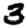
Digit: 3